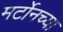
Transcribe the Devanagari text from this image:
मर्टोनच्या